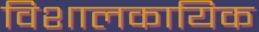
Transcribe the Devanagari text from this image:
विशालकायिक